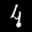
Label: 4